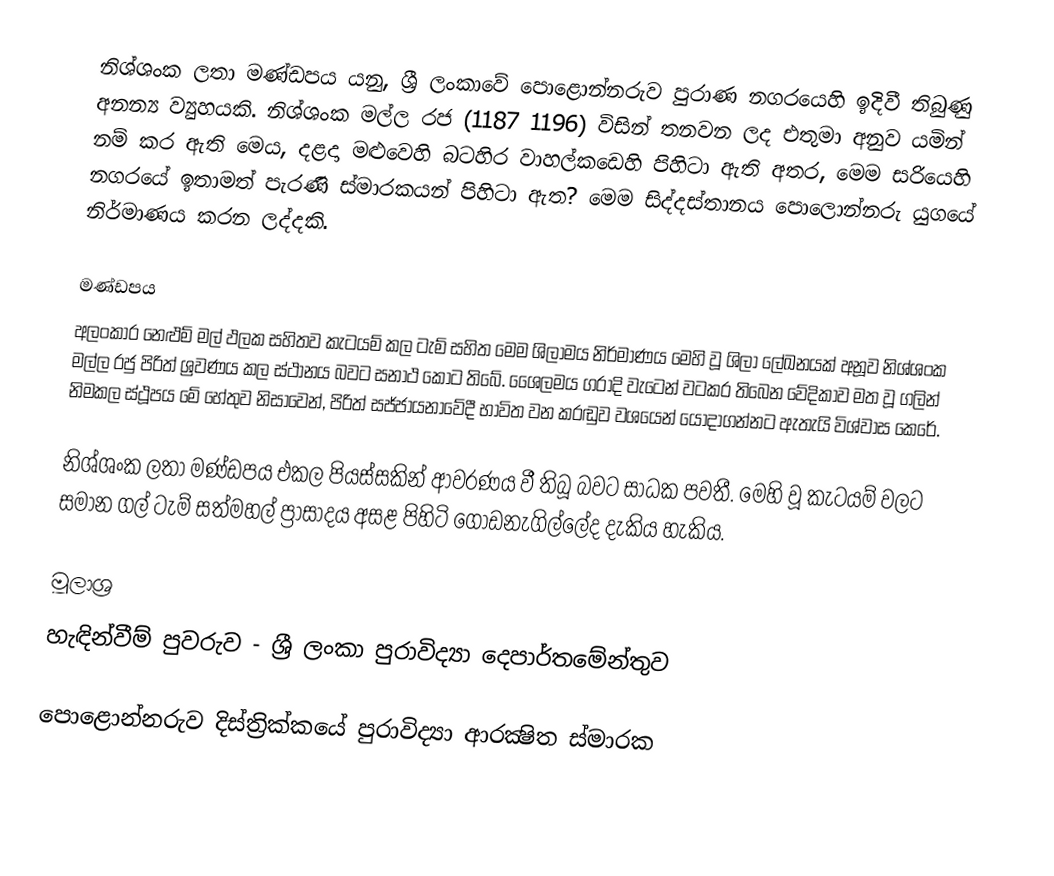
නිශ්ශංක ලතා මණ්ඩපය යනු,  ශ්‍රී ලංකාවේ පොළොන්නරුව පුරාණ නගරයෙහි ඉදිවී තිබුණු අනන්‍ය ව්‍යුහයකි. නිශ්ශංක මල්ල රජ (1187   1196) විසින් තනවන ලද එතුමා අනුව යමින් නම් කර ඇති මෙය, දළදා මළුවෙහි බටහිර වාහල්කඩෙහි පිහිටා ඇති අතර, මෙම සරියෙහි නගරයේ ඉතාමත් පැරණි  ස්මාරකයන් පිහිටා ඇත? මෙම සිද්දස්තානය පොලොන්නරු යුගයේ නිර්මාණය කරන ලද්දකි.

මණ්ඩපය
අලංකාර නෙළුම් මල් ඵලක සහිතව කැටයම් කල ටැම්  සහිත මෙම ශිලාමය නිර්මාණය මෙහි වූ ශිලා ලේඛනයක් අනූව නිශ්ශංක මල්ල රජු පිරිත් ශ්‍රවණය කල ස්ථානය බවට සනාථ කොට තිබේ. ශෙෙලමය ගරාදි වැටෙන් වටකර තිබෙන වේදිකාව මත වූ ගලින් නිමකල ස්ථූපය මේ හේතුව නිසාවෙන්, පිරිත් සජ්ජායනාවේදී භාවිත වන කරඬුව වශයෙන් යොදාගන්නට ඇතැයි විශ්වාස කෙරේ.

නිශ්ශංක ලතා මණ්ඩපය එකල පියස්සකින් ආවරණය වී තිබූ බවට සාධක පවතී. මෙහි වූ කැටයම් වලට සමාන ගල් ටැම් සත්මහල් ප්‍රාසාදය අසළ පිහිටි ගොඩනැගිල්ලේද දැකිය හැකිය.

මූලාශ්‍ර
හැඳින්වීම් පුවරුව - ශ්‍රී ලංකා පුරාවිද්‍යා දෙපාර්තමේන්තුව

පොළොන්නරුව දිස්ත්‍රික්කයේ පුරාවිද්‍යා ආරක්‍ෂිත ස්මාරක